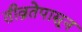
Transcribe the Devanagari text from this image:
तीव्रतेपासून